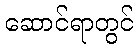
ဆောင်ရာတွင်